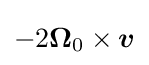
-2{\boldsymbol {\Omega }}_{0}\times {\boldsymbol {v}}